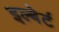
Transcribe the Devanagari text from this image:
इल्बेर्ट